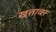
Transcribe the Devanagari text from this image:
खतावर